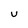
Character: U